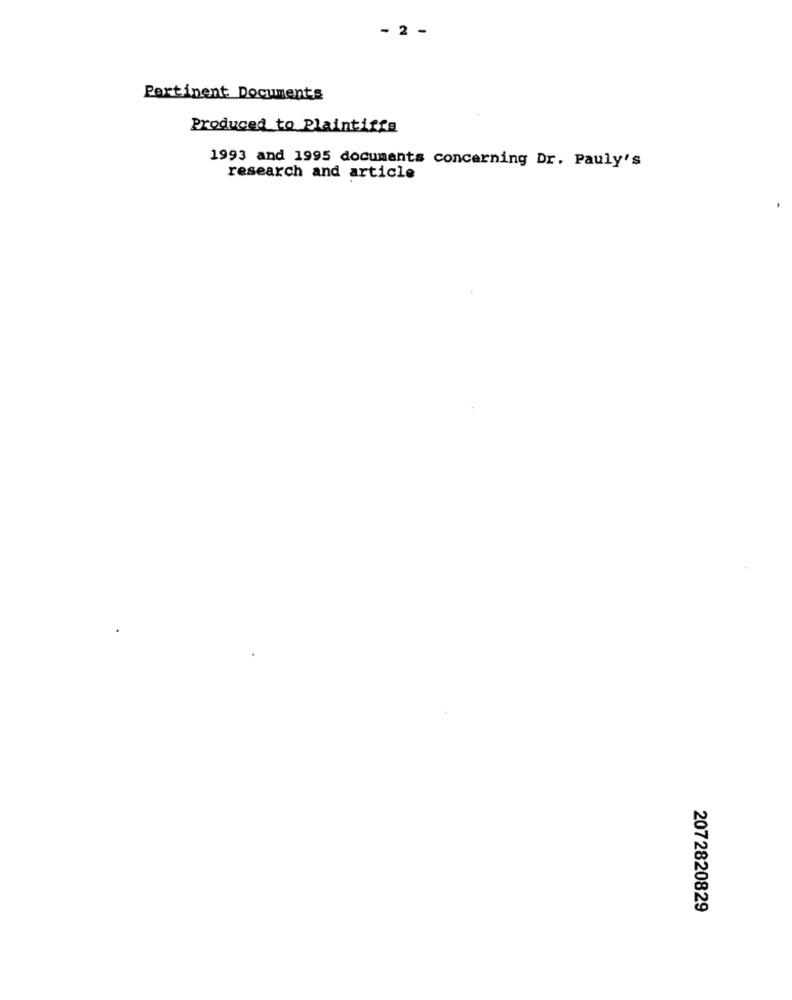
- 2 -
Pertinent Documents
Produced to Plaintiffs
1993 and 1995 documents concerning Dr. Pauly's
research and article
2072820829